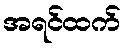
အရင်ထက်